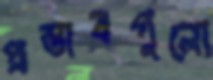
প্রস্তাবগুলো